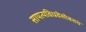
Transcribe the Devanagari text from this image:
सापत्यविधवेसोबतचं